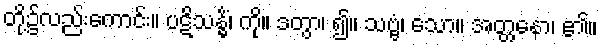
တို့၌လည်းကောင်း။ ပဋိသန္ဓိံ၊ ကို။ ဒတွာ၊ ၍။ သဗ္ဗံ၊ သော။ အတ္တနော၊ ၏။